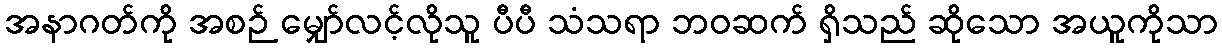
အနာဂတ်ကို အစဉ် မျှော်လင့်လိုသူ ပီပီ သံသရာ ဘဝဆက် ရှိသည် ဆိုသော အယူကိုသာ